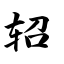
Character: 轺